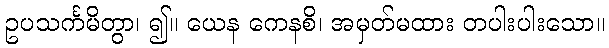
ဥပသင်္ကမိတွာ၊ ၍။ ယေန ကေနစိ၊ အမှတ်မထား တပါးပါးသော။